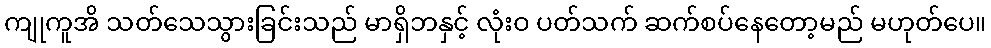
ကျုကူအိ သတ်သေသွားခြင်းသည် မာရှိဘနှင့် လုံးဝ ပတ်သက် ဆက်စပ်နေတော့မည် မဟုတ်ပေ။